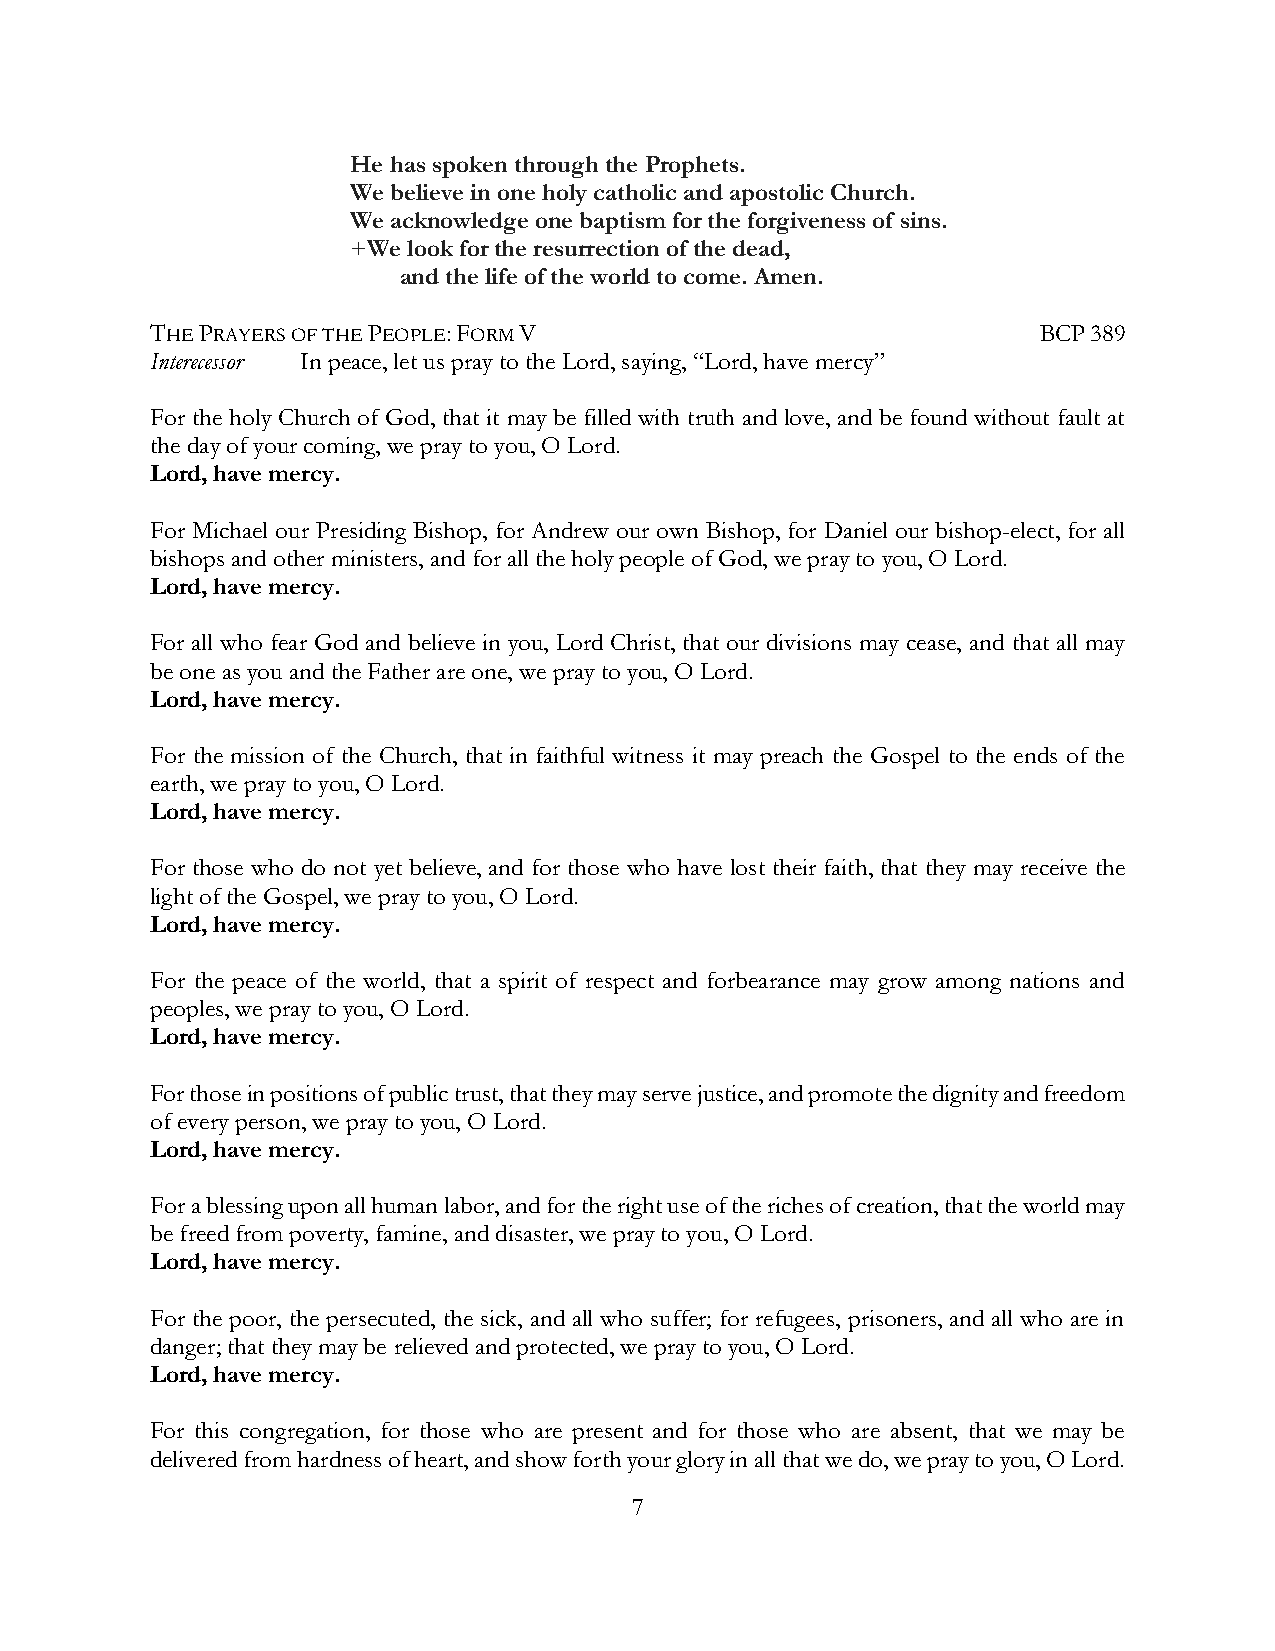
He has spoken through the Prophets.
 We believe in one holy catholic and apostolic Church.
 We acknowledge one baptism for the forgiveness of sins.
 +We look for the resurrection of the dead,
 and the life of the world to come. Amen.
 THE PRAYERS OF THE PEOPLE: FORM V                          BCP 389
 Interecessor In peace, let us pray to the Lord, saying, “Lord, have mercy”
 For the holy Church of God, that it may be filled with truth and love, and be found without fault at
 the day of your coming, we pray to you, O Lord.
 Lord, have mercy.
 For Michael our Presiding Bishop, for Andrew our own Bishop, for Daniel our bishop-elect, for all
 bishops and other ministers, and for all the holy people of God, we pray to you, O Lord.
 Lord, have mercy.
 For all who fear God and believe in you, Lord Christ, that our divisions may cease, and that all may
 be one as you and the Father are one, we pray to you, O Lord.
 Lord, have mercy.
 For the mission of the Church, that in faithful witness it may preach the Gospel to the ends of the
 earth, we pray to you, O Lord.
 Lord, have mercy.
 For those who do not yet believe, and for those who have lost their faith, that they may receive the
 light of the Gospel, we pray to you, O Lord.
 Lord, have mercy.
 For the peace of the world, that a spirit of respect and forbearance may grow among nations and
 peoples, we pray to you, O Lord.
 Lord, have mercy.
 For those in positions of public trust, that they may serve justice, and promote the dignity and freedom
 of every person, we pray to you, O Lord.
 Lord, have mercy.
 For a blessing upon all human labor, and for the right use of the riches of creation, that the world may
 be freed from poverty, famine, and disaster, we pray to you, O Lord.
 Lord, have mercy.
 For the poor, the persecuted, the sick, and all who suffer; for refugees, prisoners, and all who are in
 danger; that they may be relieved and protected, we pray to you, O Lord.
 Lord, have mercy.
 For this congregation, for those who are present and for those who are absent, that we may be
 delivered from hardness of heart, and show forth your glory in all that we do, we pray to you, O Lord.
 7